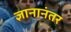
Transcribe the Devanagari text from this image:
ज्ञानानंतर